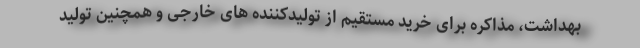
بهداشت، مذاکره برای خرید مستقیم از تولیدکننده های خارجی و همچنین تولید